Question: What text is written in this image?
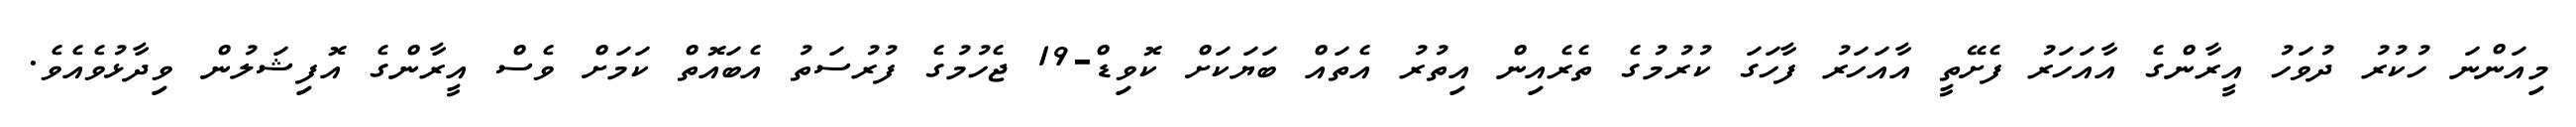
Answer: މިއަންނަ ހުކުރު ދުވަހު އީރާންގެ އާއަހަރު ފެށޭތީ އާއަހަރު ފާހަގަ ކުރުމުގެ ތެރެއިން އިތުރު އެތައް ބަޔަކަށް ކޮވިޑް-19 ޖެހުމުގެ ފުރުސަތު އެބައޮތް ކަމަށް ވެސް އީރާންގެ އޮފިޝަލުން ވިދާޅުވެއެވެ.